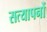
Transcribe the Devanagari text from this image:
सत्यापनों